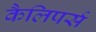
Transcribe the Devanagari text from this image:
कैलिपर्स